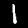
Label: 1